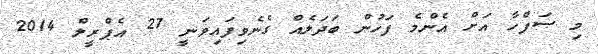
މި ޞަފްހާ އަށް އެންމެ ފަހުން ބަދަލެއް ގެނެވިފައިވަނީ 27 އެޕްރީލް 2014